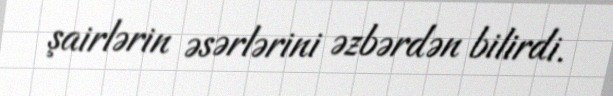
şairlərin əsərlərini əzbərdən bilirdi.